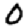
Digit: 0